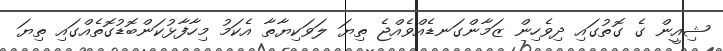
ޝިއީން ގެ ގޮތުގައި ދިވެހިން ޒަމާންގަނޑެއްވެއްޖެ ތިޔަ ލަވަކިޔާތާ އެކަމު މިހާފާޅުކަންބޮޑުގޮތެއްގައި ތިޔަ